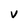
Character: v